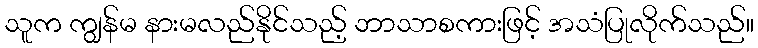
သူက ကျွန်မ နားမလည်နိုင်သည့် ဘာသာစကားဖြင့် အသံပြုလိုက်သည်။